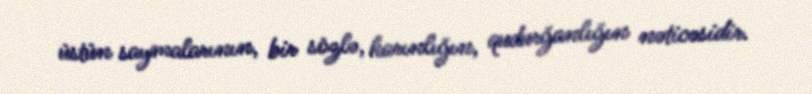
üstün saymalarının, bir sözlə, harınlığın, qudurğanlığın nəticəsidir.